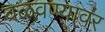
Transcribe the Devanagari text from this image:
वळवण्यावर